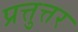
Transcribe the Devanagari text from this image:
प्रत्तुत्तर